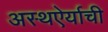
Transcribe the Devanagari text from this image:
अस्थऐर्याची